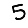
Digit: 5